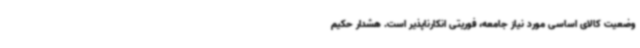
وضعیت کالای اساسی مورد نیاز جامعه، فوریتی انکارناپذیر است. هشدار حکیم